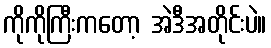
ကိုကိုကြီးကတော့ အဲဒီအတိုင်းပဲ။